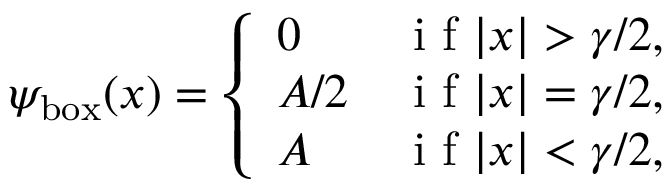
\psi _ { \mathrm { { b o x } } } ( x ) = \left\{ \begin{array} { l l } { 0 } & { \mathrm { ~ i ~ f ~ } | x | > \gamma / 2 , } \\ { A / 2 } & { \mathrm { ~ i ~ f ~ } | x | = \gamma / 2 , } \\ { A } & { \mathrm { ~ i ~ f ~ } | x | < \gamma / 2 , } \end{array} \right.